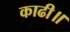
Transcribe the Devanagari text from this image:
काढी॥